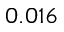
0 . 0 1 6